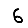
Digit: 6